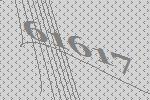
61617